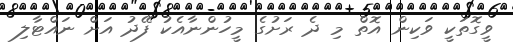
ވީގޮތަކީ ވަކިން އޮތް މި ދެ ރަށުގެ މީހުންނާއެކު ފޭދު އަށް ނައްޓާލި